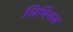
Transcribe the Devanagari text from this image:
लिमिनल